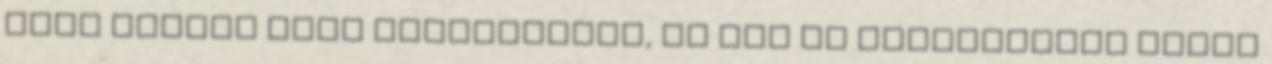
fele raktér üres szerencsére, de így is megcsúsztam kissé